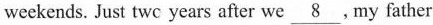
weekends. Just twc years after we \underline{8} ,My father